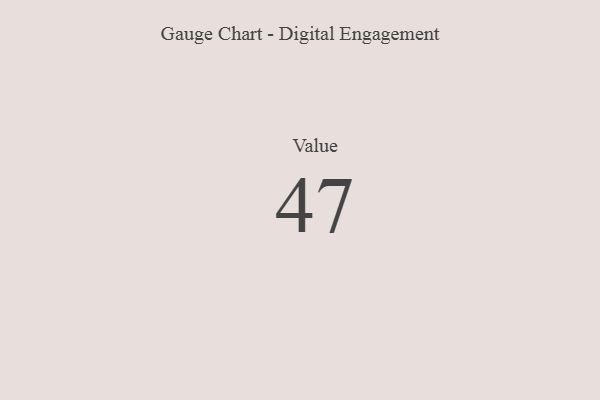
{"axis": {"x": "Metric", "y": "Value"}, "legend": [""], "data": [{"x": "Value", "y": 47, "type": ""}]}